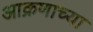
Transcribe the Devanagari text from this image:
आक्रणाच्या